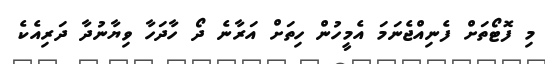
މި ފޮޓޯތަށް ފެނިއްޖެނަމަ އެމީހުން ހިތަށް އަރާނެ ދޯ ހާދަހާ ވިޔާނުދާ ދަރިއެކެ